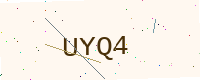
Text: UYQ4